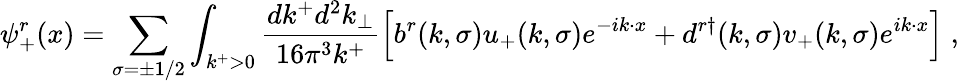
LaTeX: \psi_{+}^{r}(x)=\sum_{\sigma=\pm 1/2}\int_{k^{+}>0}{\frac{dk^{+}d^{2}k_{\perp}}{16\pi^{3}k^{+}}}\Bigl[b^{r}(k,\sigma)u_{+}(k,\sigma)e^{-ik\cdot x}+d^{r\dagger}(k,\sigma)v_{+}(k,\sigma)e^{ik\cdot x}\Bigr]\; ,